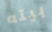
بيته